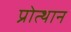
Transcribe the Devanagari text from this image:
प्रोत्थान